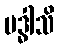
ဗဒ္ဓါသိ